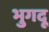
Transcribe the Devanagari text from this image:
भुगदू